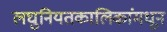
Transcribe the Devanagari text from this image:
लघुनियतकालिकांमधून